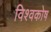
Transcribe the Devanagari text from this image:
विश्‍वकोष